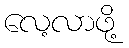
လေ့လာဖို့